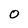
Character: 0